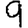
Digit: 9